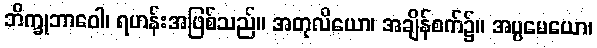
ဘိက္ခုဘာဝေါ၊ ရဟန်းအဖြစ်သည်။ အတုလိယော၊ အချိန်စက်၌။ အပ္ပမေယော၊